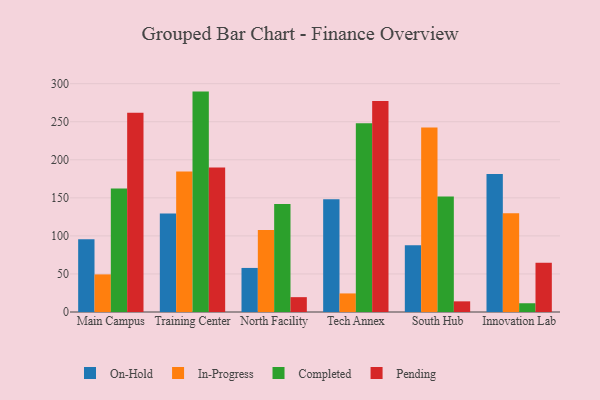
{"axis": {"x": "Campus", "y": "Active Users"}, "legend": ["Completed", "In-Progress", "On-Hold", "Pending"], "data": [{"x": "Main Campus", "y": 95.7, "type": "On-Hold"}, {"x": "Main Campus", "y": 49.4, "type": "In-Progress"}, {"x": "Main Campus", "y": 162.3, "type": "Completed"}, {"x": "Main Campus", "y": 261.7, "type": "Pending"}, {"x": "Training Center", "y": 129.4, "type": "On-Hold"}, {"x": "Training Center", "y": 184.6, "type": "In-Progress"}, {"x": "Training Center", "y": 289.6, "type": "Completed"}, {"x": "Training Center", "y": 189.9, "type": "Pending"}, {"x": "North Facility", "y": 57.9, "type": "On-Hold"}, {"x": "North Facility", "y": 107.7, "type": "In-Progress"}, {"x": "North Facility", "y": 142.0, "type": "Completed"}, {"x": "North Facility", "y": 19.5, "type": "Pending"}, {"x": "Tech Annex", "y": 148.2, "type": "On-Hold"}, {"x": "Tech Annex", "y": 24.4, "type": "In-Progress"}, {"x": "Tech Annex", "y": 248.1, "type": "Completed"}, {"x": "Tech Annex", "y": 277.2, "type": "Pending"}, {"x": "South Hub", "y": 87.6, "type": "On-Hold"}, {"x": "South Hub", "y": 242.5, "type": "In-Progress"}, {"x": "South Hub", "y": 151.7, "type": "Completed"}, {"x": "South Hub", "y": 14.0, "type": "Pending"}, {"x": "Innovation Lab", "y": 181.2, "type": "On-Hold"}, {"x": "Innovation Lab", "y": 129.7, "type": "In-Progress"}, {"x": "Innovation Lab", "y": 11.5, "type": "Completed"}, {"x": "Innovation Lab", "y": 64.7, "type": "Pending"}]}